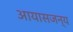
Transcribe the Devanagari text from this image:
आयासजन्य